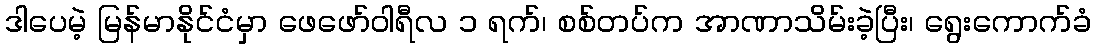
ဒါပေမဲ့ မြန်မာနိုင်ငံမှာ ဖေဖော်ဝါရီလ ၁ ရက်၊ စစ်တပ်က အာဏာသိမ်းခဲ့ပြီး၊ ရွေးကောက်ခံ